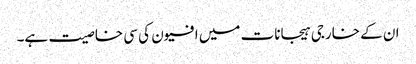
ان کے خارجی ہیجانات میں افیون کی سی خاصیت ہے۔